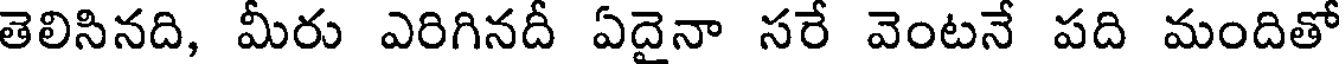
తెలిసినది, మీరు ఎరిగినదీ ఏదైనా సరే వెంటనే పది మందితో